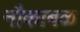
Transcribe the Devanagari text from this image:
नौकाबळ